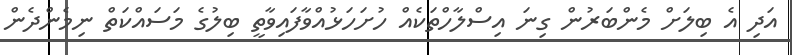
އަދި އެ ބިލަށް މެންބަރުން ގިނަ އިސްލާހްތަކެއް ހުށަހަޅުއްވާފައިވާތީ ބިލުގެ މަސައްކަތް ނިމެންދެން